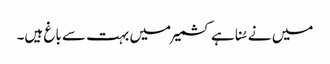
میں نے سُنا ہے کشمیر میں بہت سے باغ ہیں۔